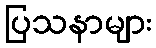
ပြသနာများ